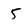
Character: 5